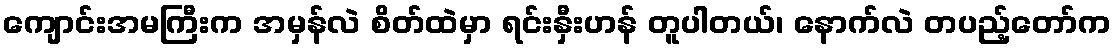
ကျောင်းအမကြီးက အမှန်လဲ စိတ်ထဲမှာ ရင်းနှီးဟန် တူပါတယ်၊ နောက်လဲ တပည့်တော်က